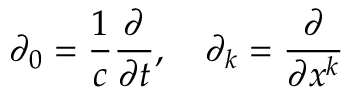
\partial _ { 0 } = { \frac { 1 } { c } } { \frac { \partial } { \partial t } } , \quad \partial _ { k } = { \frac { \partial } { \partial { x ^ { k } } } }